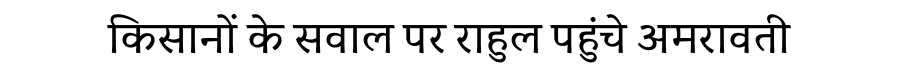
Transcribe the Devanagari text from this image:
किसानों के सवाल पर राहुल पहुंचे अमरावती